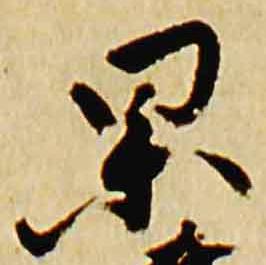
杲